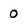
Character: O